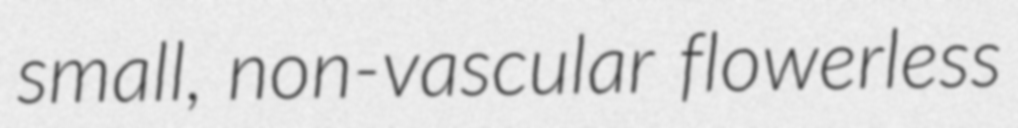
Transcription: small, non-vascular flowerless